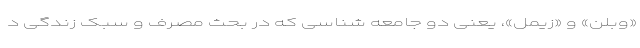
«وبلن» و «زیمل»، یعنی دو جامعه شناسی که در بحث مصرف و سبک زندگی د